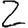
Digit: 2